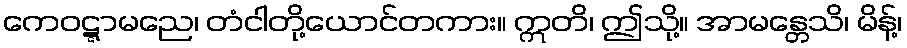
ကေဝဋ္ဋာမညေ၊ တံငါတို့ယောင်တကား။ ဣတိ၊ ဤသို့။ အာမန္တေသိ၊ မိန့်၊